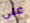
على